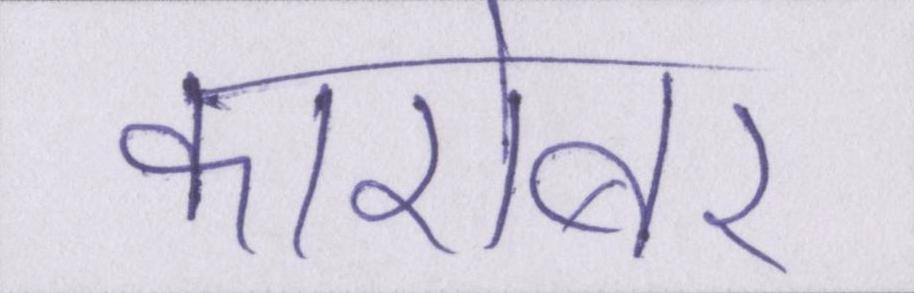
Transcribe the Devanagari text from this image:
कारोबार